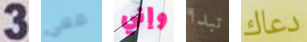
3 معي وإني تبدا دعاك